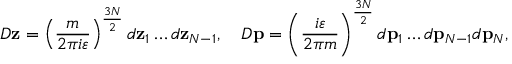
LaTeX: { \cal D } { \bf z } = \left( { \frac { m } { 2 \pi i \varepsilon } } \right) ^ { \frac { 3 N } { 2 } } d { \bf z } _ { 1 } \dots d { \bf z } _ { N - 1 } , \quad { \cal D } { \bf p } = \left( { \frac { i \varepsilon } { 2 \pi m } } \right) ^ { \frac { 3 N } { 2 } } d { \bf p } _ { 1 } \dots d { \bf p } _ { N - 1 } d { \bf p } _ { N } ,